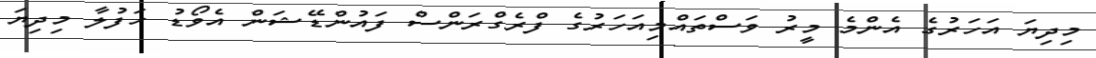
މިދިޔަ އަހަރުގެ އެންމެ މީރު ވަސްތައްމިއަހަރުގެ ފްރެގްރަންސް ފައުންޑޭޝަން އެވޯޑު ހަފުލާ މިދިޔަ